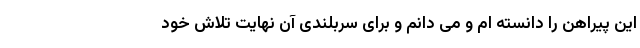
این پیراهن را دانسته ام و می دانم و برای سربلندی آن نهایت تلاش خود